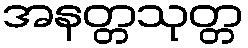
အနတ္တသုတ္တ